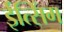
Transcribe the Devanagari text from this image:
ईत्सिंग